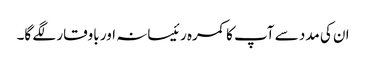
ان کی مدد سے آپ کا کمرہ رئیسانہ اور باوقار لگے گا۔